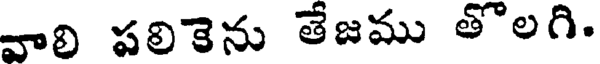
వాలి పలికెను తేజము తొలగి.